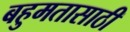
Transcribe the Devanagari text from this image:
बहुमतासाठी